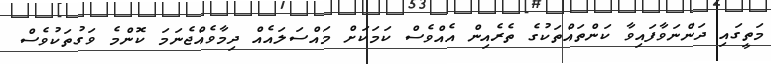
މަތީގައި ދަންނަވާފައިވާ ކަންތައްތަކުގެ ތެރެއިން އެއްވެސް ކަމަކަށް މައްސަލައެއް ދިމާވެއްޖެނަމަ ކޮންމެ ވަގުތަކުވެސް